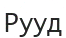
Рууд